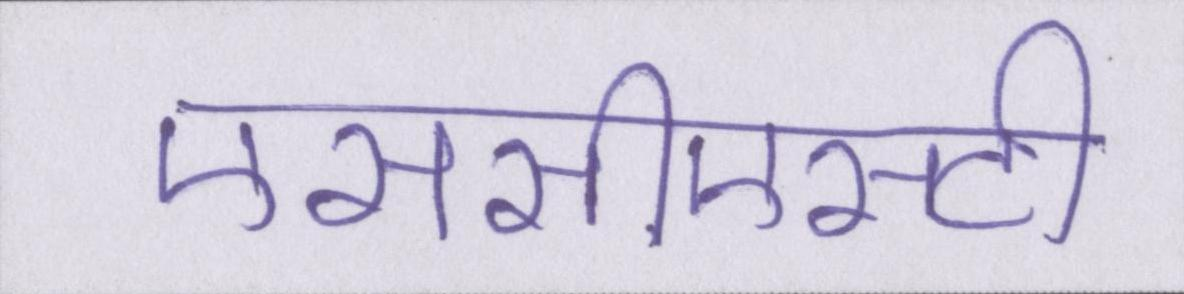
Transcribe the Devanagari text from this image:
एससीएसटी